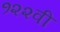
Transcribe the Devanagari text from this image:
१२२वी